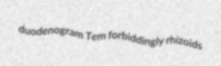
duodenogram Tem forbiddingly rhizoids